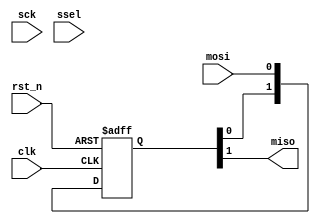
`timescale 1ns / 1ps

/*******************************************************************************


* Module Name: spi_slave
*******************************************************************************/
module spi_slave_cpha0(
clk,sck,mosi,miso,ssel,rst_n
);

input clk;
input rst_n;
input sck,mosi,ssel;
output miso;

reg recived_status;
reg[2:0] sckr;
reg[2:0] sselr;
reg[1:0] mosir;
reg[2:0] bitcnt;
reg[7:0] bytecnt;
reg byte_received;  // high when a byte has been received
reg [7:0] byte_data_received;

wire ssel_active;
wire sck_risingedge;
wire sck_fallingedge;
wire mosi_data;
/*******************************************************************************
*detect the rising edge and falling edge of sck
*******************************************************************************/
always @(posedge clk or negedge rst_n)begin
	if(!rst_n)
		sckr <= 3'h0;
	else
		sckr <= {sckr[1:0],sck};
end

assign sck_risingedge = (sckr[2:1] == 2'b01) ? 1'b1 : 1'b0;
assign sck_fallingedge = (sckr[2:1] == 2'b10) ? 1'b1 : 1'b0;

/*******************************************************************************
*detect starts at falling edge and stops at rising edge of ssel
*******************************************************************************/
always @(posedge clk or negedge rst_n)begin
	if(!rst_n)
		sselr <= 3'h0;
	else
		sselr <= {sselr[1:0],ssel};
end

assign  ssel_active = (~sselr[1]) ? 1'b1 : 1'b0;  // SSEL is active low

/*******************************************************************************
*read from mosi we double sample the data
*******************************************************************************/
always @(posedge clk or negedge rst_n)begin
	if(!rst_n)
		mosir <= 2'h0;
	else
		mosir <={mosir[0],mosi};
end

assign mosi_data = mosir[1];

/*******************************************************************************
*SPI slave reveive in 8-bits format
*******************************************************************************/
always @(posedge clk or negedge rst_n)begin
  if(!rst_n)begin
	bitcnt <= 3'b000;
	byte_data_received <= 8'h0;
  end
  else begin
   if(~ssel_active)
     bitcnt <= 3'b000;
   else begin
      if(sck_risingedge)begin
        bitcnt <= bitcnt + 3'b001;
        byte_data_received <= {byte_data_received[6:0], mosi_data};
      end
		else begin
		  bitcnt <= bitcnt;
        byte_data_received <= byte_data_received;
		end
	  end
  end
end

/* indicate a byte has been received */
always @(posedge clk or negedge rst_n) begin
	if(!rst_n)
		byte_received <= 1'b0;
	else
		byte_received <= ssel_active && sck_risingedge && (bitcnt==3'b111);
end


/*******************************************************************************
*SPI  slave send date 
*******************************************************************************/

assign miso = mosi_data;  // send MSB first

endmodule